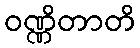
ဝဏ္ဏိတာတိ